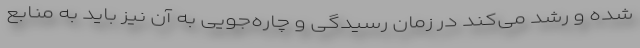
شده و رشد می‌کند در زمان رسیدگی و چاره‌جویی به آن نیز باید به منابع